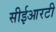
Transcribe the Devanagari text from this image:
सीईआरटी